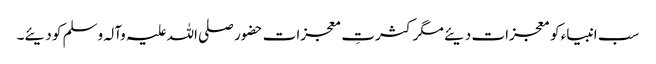
سب انبیاء کو معجزات دیئے مگر کثرتِ معجزات حضور صلی اللہ علیہ وآلہ وسلم کو دیئے۔